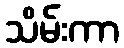
သိမ်းကာ